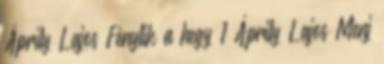
Áprily Lajos Fénylik a hegy 1 Áprily Lajos Menj